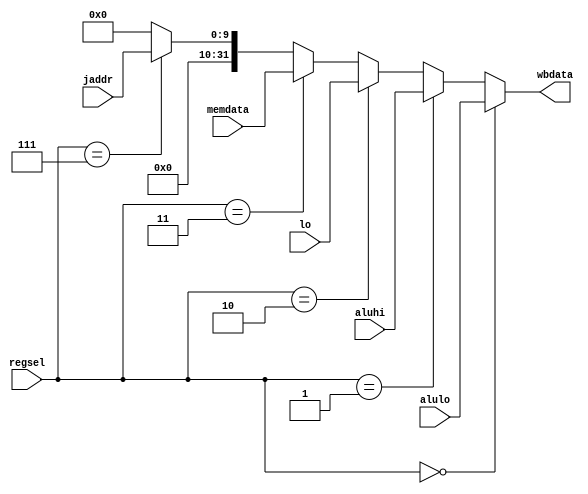
module writeback(	input [2:0] regsel,
		input [9:0] jaddr,
		input [31:0] aluhi, lo, alulo, memdata,
		output reg [31:0] wbdata);
				
		always @(*) begin
			if(regsel==3'b000) begin
			wbdata <= alulo;
			end else if(regsel==3'b001) begin
			wbdata <= aluhi;
			end else if(regsel==3'b010) begin
			wbdata <= lo;
			end else if(regsel==3'b011) begin
			wbdata <= memdata;
			end else if (regsel==3'b111)begin
			wbdata <= {22'b0,jaddr};
			end else
			wbdata <= 32'd0;
			end

endmodule